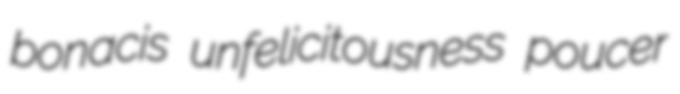
bonacis unfelicitousness poucer